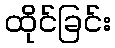
ထိုင်ခြင်း